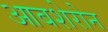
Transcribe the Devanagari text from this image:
आबशेरोन